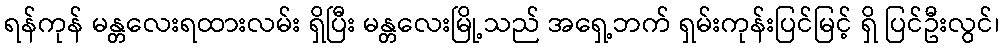
ရန်ကုန် မန္တလေးရထားလမ်း ရှိပြီး မန္တလေးမြို့သည် အရှေ့ဘက် ရှမ်းကုန်းပြင်မြင့် ရှိ ပြင်ဦးလွင်၊